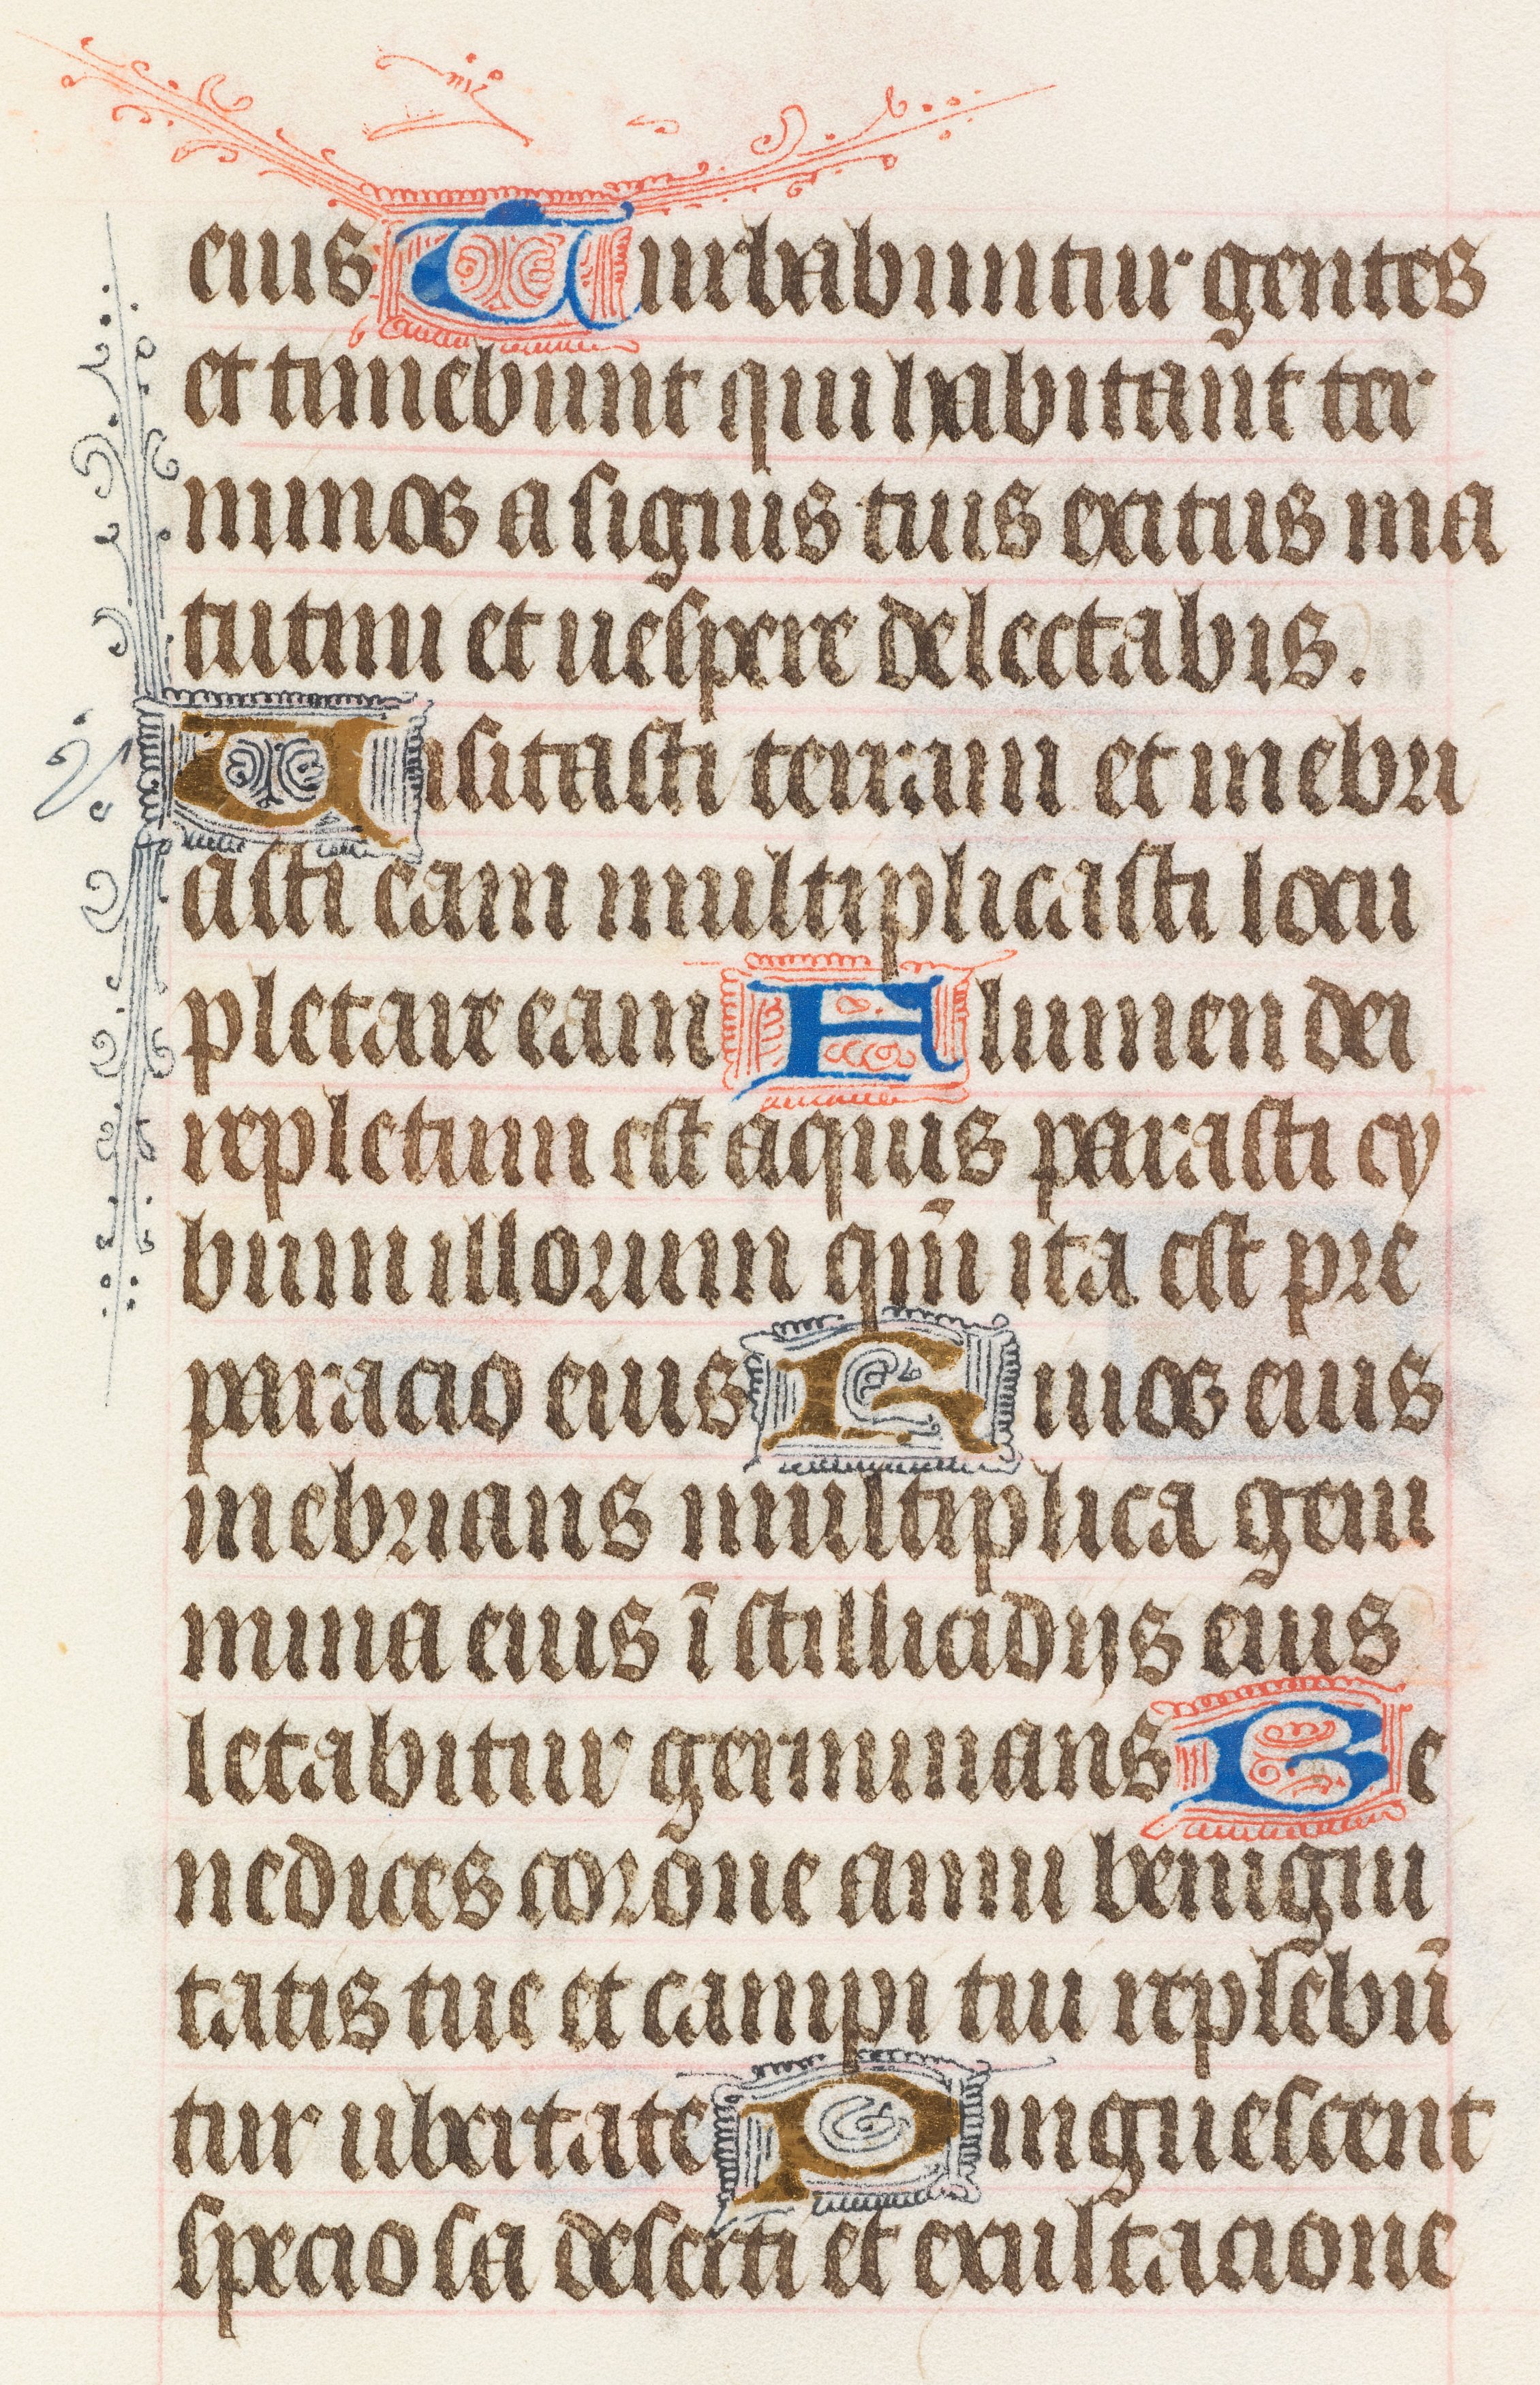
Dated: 1425–1465